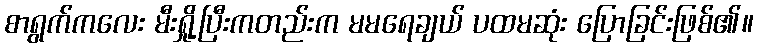
စာရွက်ကလေး မီးရှို့ပြီးကတည်းက မမရေချယ် ပထမဆုံး ပြောခြင်းဖြစ်၏။